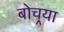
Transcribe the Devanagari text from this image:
बोचर्‍या